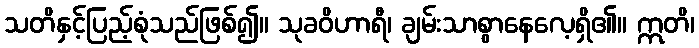
သတိနှင့်ပြည့်စုံသည်ဖြစ်၍။ သုခဝိဟာရီ၊ ချမ်းသာစွာနေလေ့ရှိ၏။ ဣတိ၊